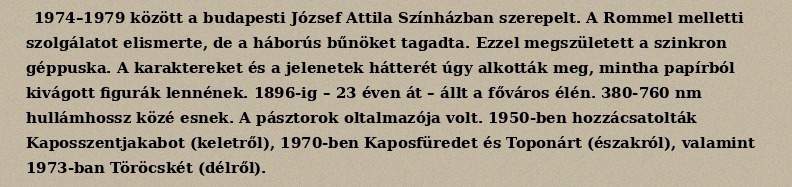
1974–1979 között a budapesti József Attila Színházban szerepelt. A Rommel melletti szolgálatot elismerte, de a háborús bűnöket tagadta. Ezzel megszületett a szinkron géppuska. A karaktereket és a jelenetek hátterét úgy alkották meg, mintha papírból kivágott figurák lennének. 1896-ig – 23 éven át – állt a főváros élén. 380-760 nm hullámhossz közé esnek. A pásztorok oltalmazója volt. 1950-ben hozzácsatolták Kaposszentjakabot (keletről), 1970-ben Kaposfüredet és Toponárt (északról), valamint 1973-ban Töröcskét (délről).